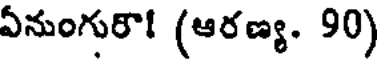
ఏనుంగురా! (ఆరణ్య. 90)